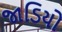
જાડિયો